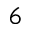
{ ^ 6 }